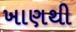
ખાણથી